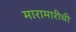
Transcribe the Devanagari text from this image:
मारामारीची